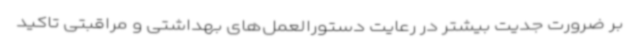
بر ضرورت جدیت بیشتر در رعایت دستورالعمل‌های بهداشتی و مراقبتی تاکید